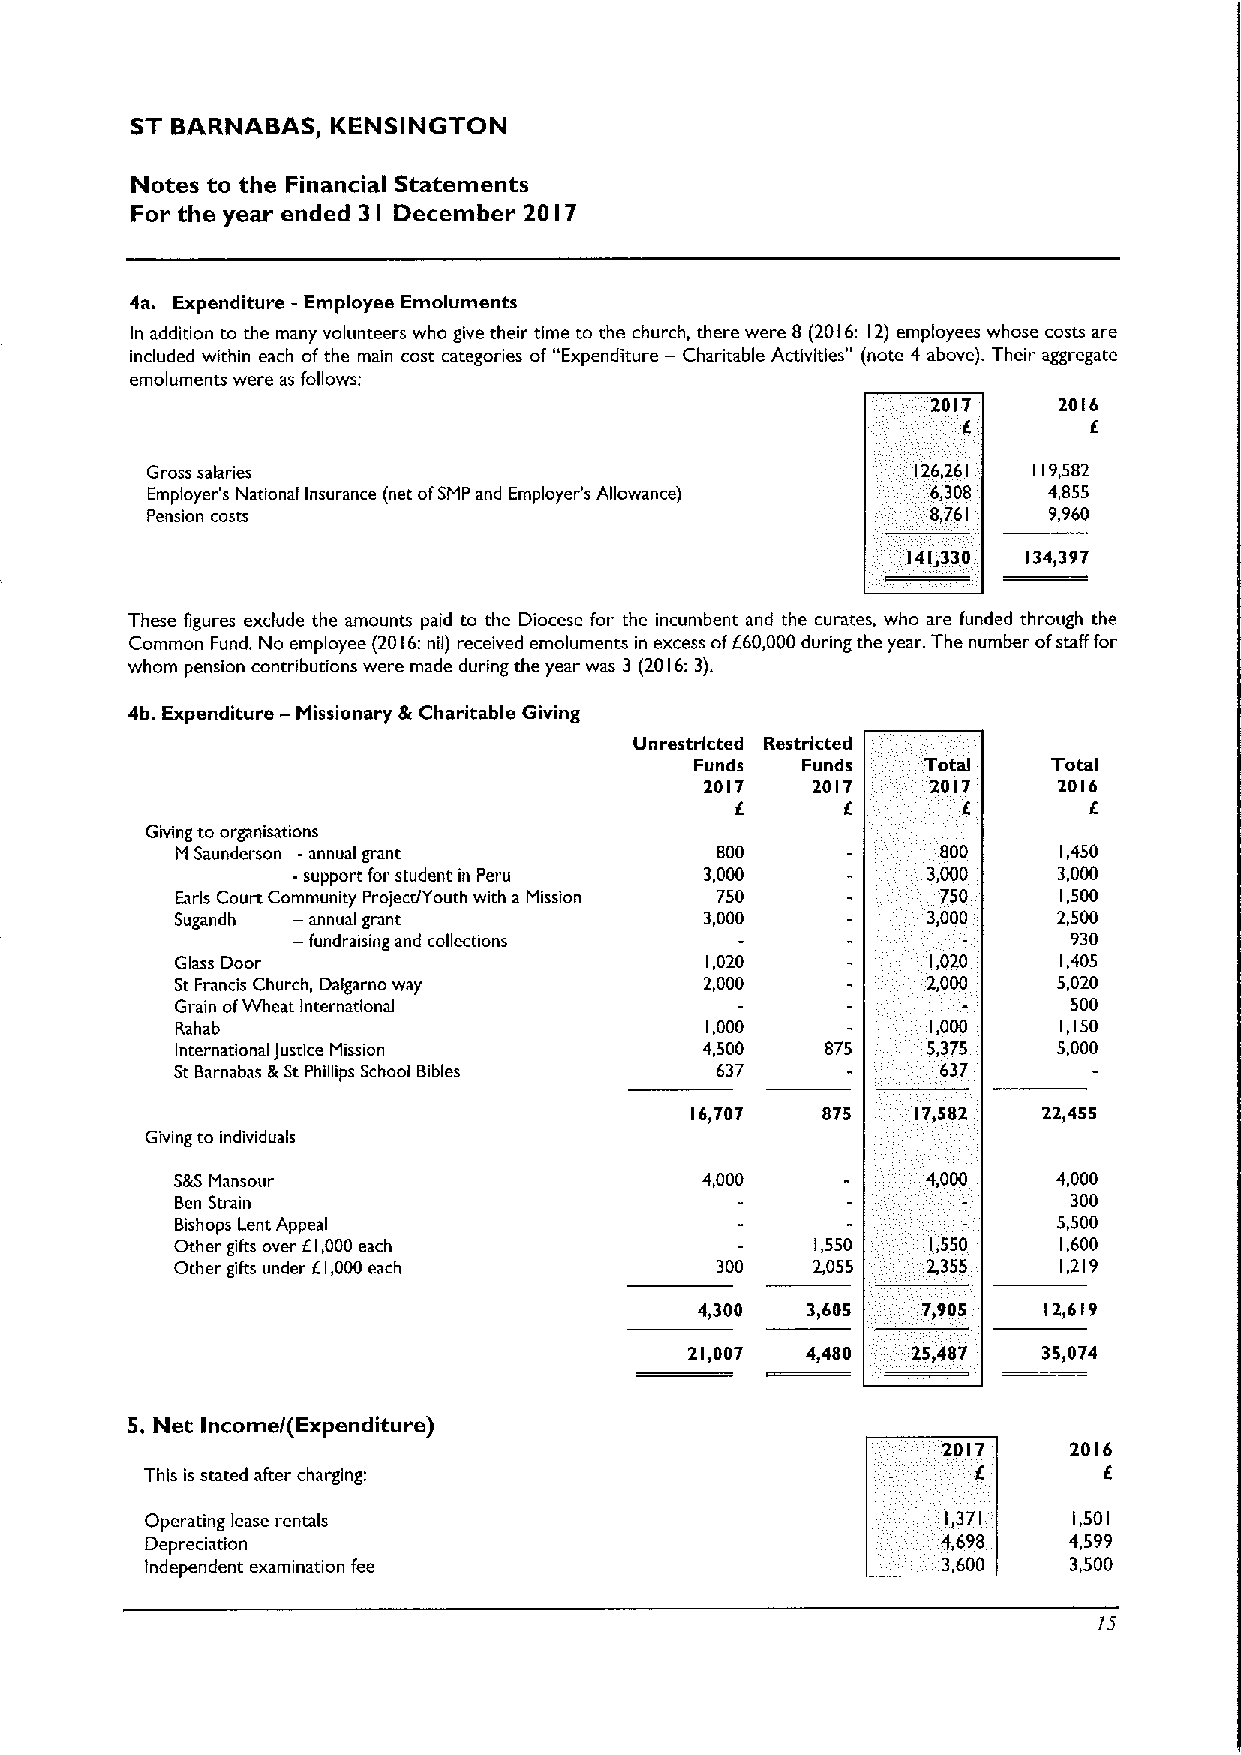
ST BARNABAS, KENSINGTON
 Notes to the Financial Statements
 For the year ended 3 December 20 7
 I           I
 4a. Expenditure -Employee Emoluments
 In addition to the many volunteers who give their time to the church, there were 8 (2016: 12) employees whose costs are
 included within each ofthe main cost categories of "Expenditure — Charitable Activities" (note 4 above). Their aggregate
 emoluments were as follows:
 2017    2016
 6       6
 Gross salaries                                     126,261 119,582
 Employer's National Insurance (net ofSMPand Employer's Allowance) 6,308 4,855
 Pension costs                                       8,761  9,960
 141,330 134,397
 These figures exclude the amounts paid to the Diocese for the incumbent and the curates, who are funded through the
 Common Fund. No employee (2016:nil) received emoluments in excess of660,000during the year. The number ofstaff for
 whom pension contributions were made during the year was 3 (2016:3).
 4b. Expenditure —fdissionary 8)Charitable Giving
 Unrestricted Restricted
 Funds  Funds   Total    Total
 2017   2017    2017    2016
 6      6       )6
 Giving to organisauons
 M Saunderson -annual grant         800            800     1,450
 -support for student in Peru 3,000        3,000    3,000
 Earls Court Community Project/Youth with a Mission 750 750 1,500
 Sugandh — annual grant             3,000         3,000    2,500
 — fundraising and collections                       930
 Glass Door                         1,020          1,020   1,405
 St Francis Church, Dalgarno way    2,000         2,000    5,020
 Grain ofWheat International                                500
 Rahab                              1,000          1,000   1,150
 International Justice Mission      4,500   875   5,375    5,000
 St Barnabas &StPhillips School Bibles 637         637
 16,707  875    17,582  22,455
 Giving to individuals
 S&SMansour                        4,000          4,000    4,000
 Ben Strain                                                 300
 Bishops Lent Appeal                                       5,500
 Other gifts over 61,000each               1,550   1,550   1,600
 Other gifts under 61,000each       300    2,055  2,355    1,219
 4,300  3)605   7,905   12,619
 21,007 4,480  25,487   35,074
 5.Net Income/(Expenditure)
 2017     2016
 This is stated after charging:                                 6
 Operating lease rentals                              1,371   1,501
 Depreciation                                        4,698    4,599
 Independent examination fee                         3,600    3,500
 15